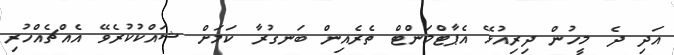
އަދި ދެ މީހުން ދިރިއުޅޭ އެޕާޓްމަންޓް ތެރެއިން ބަނގުރާ ކަމަށް ޝައްކުކުރެވޭ އެއްޗެއްހުރި